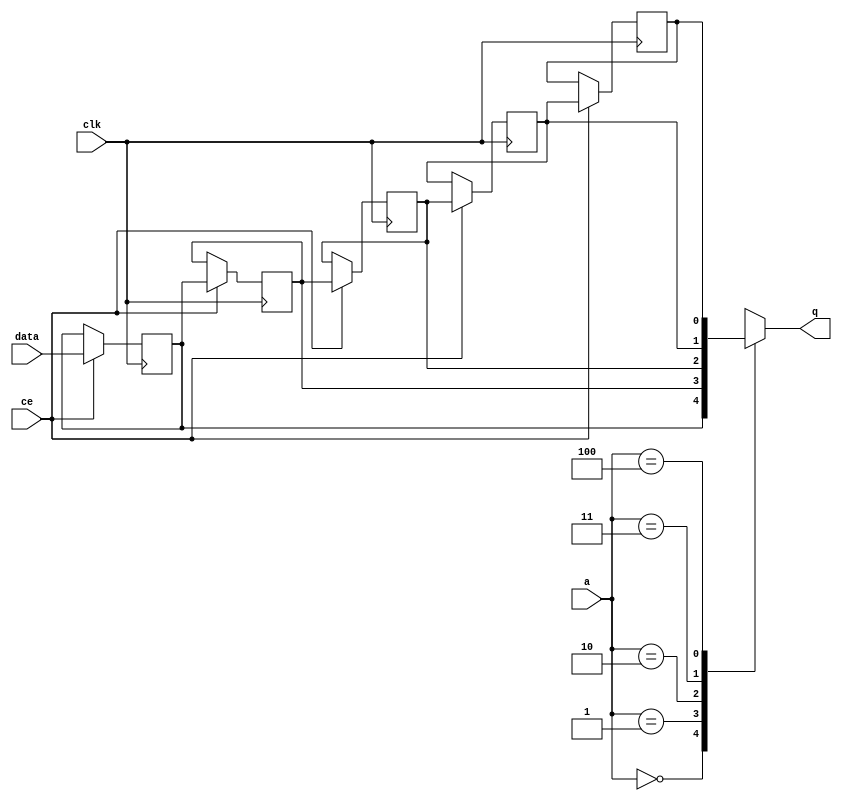
module start_for_CvtColokbM_shiftReg (
    clk,
    data,
    ce,
    a,
    q);
parameter DATA_WIDTH = 32'd1;
parameter ADDR_WIDTH = 32'd3;
parameter DEPTH = 32'd5;
input clk;
input [DATA_WIDTH-1:0] data;
input ce;
input [ADDR_WIDTH-1:0] a;
output [DATA_WIDTH-1:0] q;
reg[DATA_WIDTH-1:0] SRL_SIG [0:DEPTH-1];
integer i;
always @ (posedge clk)
    begin
        if (ce)
        begin
            for (i=0;i<DEPTH-1;i=i+1)
                SRL_SIG[i+1] <= SRL_SIG[i];
            SRL_SIG[0] <= data;
        end
    end
assign q = SRL_SIG[a];
endmodule